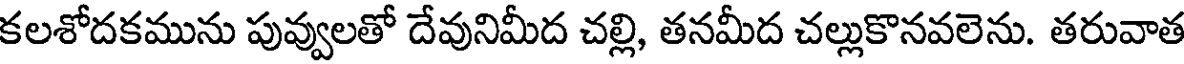
కలశోదకమును పువ్వలతో దేవునిమీద చల్లి, తనమీద చల్లుకొనవలెను. తరువాత